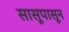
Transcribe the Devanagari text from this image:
सासूपासून